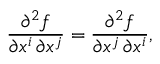
{ \frac { \partial ^ { 2 } f } { \partial x ^ { i } \, \partial x ^ { j } } } = { \frac { \partial ^ { 2 } f } { \partial x ^ { j } \, \partial x ^ { i } } } ,